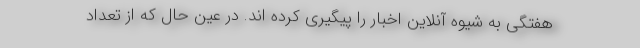
هفتگی به شیوه آنلاین اخبار را پیگیری کرده اند. در عین حال که از تعداد